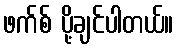
ဖက်စ် ပို့ချင်ပါတယ်။